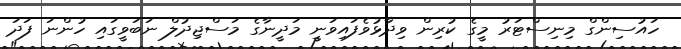
ހައުސިންގް މިނިސްޓަރު މީގެ ކުރިން ވިދާޅުވެފައިވަނީ މަދީނާގެ މަސްޖިދުލް ނަބަވީގައި ހުންނަ ފަދަ